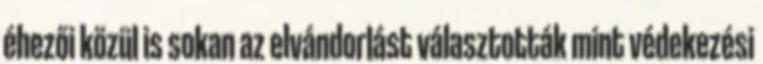
éhezői közül is sokan az elvándorlást választották mint védekezési